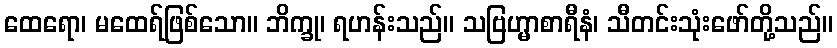
ထေရော၊ မထေရ်ဖြစ်သော။ ဘိက္ခု၊ ရဟန်းသည်။ သဗြဟ္မာစာရီနံ၊ သီတင်းသုံးဖော်တို့သည်။